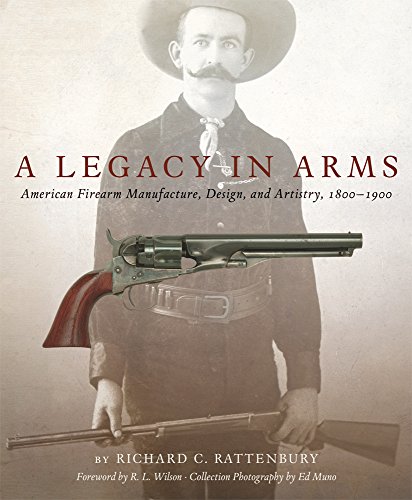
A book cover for A Legacy in Arms: American Firearm Manufacture, Design, and Artistry, 1800EE1900 (The Western Legacies Series); Richard C. Rattenbury; Crafts, Hobbies & Home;